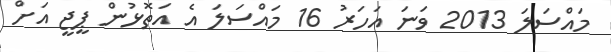
މައްސަލަ 2013 ވަނަ އަހަރު 16 މައްސަލަ އެ އަތޮޅުން ޕީޖީ އަށް